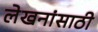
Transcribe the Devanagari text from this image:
लेखनांसाठी